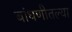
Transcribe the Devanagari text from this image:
बांधणीतल्या